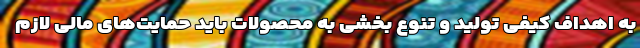
به اهداف کیفی تولید و تنوع بخشی به محصولات باید حمایت‌های مالی لازم